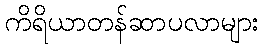
ကိရိယာတန်ဆာပလာများ